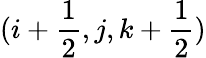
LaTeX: (i+\frac{1}{2},j,k+\frac{1}{2})